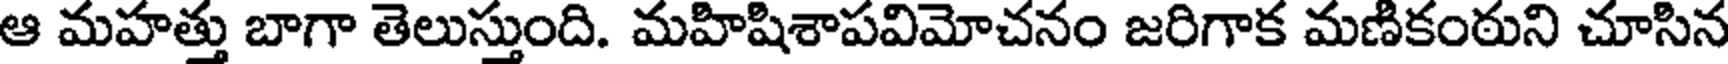
ఆ మహత్తు బాగా తెలుస్తుంది. మహిషిశాపవిమోచనం జరిగాక మణికంఠుని చూసిన